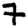
Digit: 7